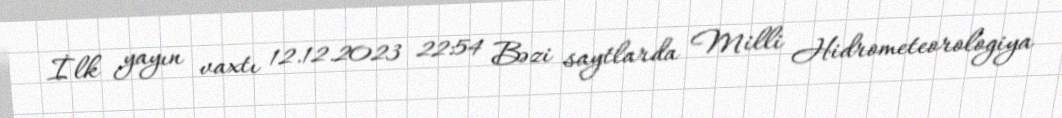
İlk yayın vaxtı 12.12.2023 22:54 Bəzi saytlarda Milli Hidrometeorologiya